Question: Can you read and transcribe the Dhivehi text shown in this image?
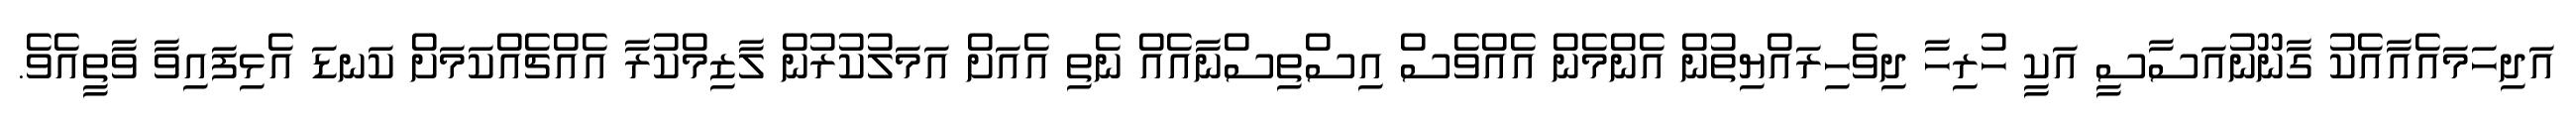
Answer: އަދިހަމައެއާއެކު ގާނޫނުއަސާސީ އަކީ ހުރިހާ ދިވެހިރައްޔިތުން އެންމެން އެއްވެސް އިސްތިސްނާއެއް ނެތި އެއަށް އަމަލުކުރުން ލާޒިމްކުރާ އެއްޗެއްކަމަށް ކަނޑަ އެޅިފައިވާ ވާތީއެވެ.